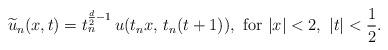
LaTeX: \begin{align*}\widetilde{u}_n(x,t)=t_n^{\frac{d}{2}-1}\,u(t_nx,\,t_n(t+1)),\,\,{\rm for}\,\,|x|<2,\,\,|t|<\frac{1}{2}.\end{align*}